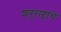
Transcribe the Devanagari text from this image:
शत्रुराष्ट्रांचे